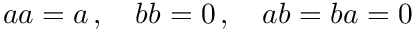
\textstyle a a = a \, , \quad b b = 0 \, , \quad a b = b a = 0